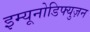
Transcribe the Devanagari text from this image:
इम्यूनोडिफ्युज़न